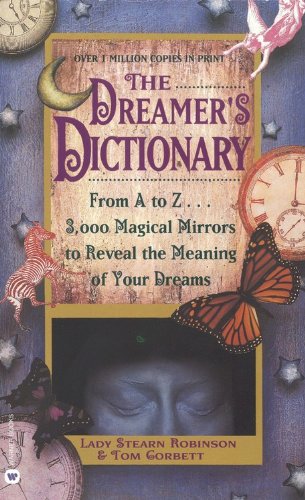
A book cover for The Dreamer's Dictionary (Turtleback School & Library Binding Edition); Lady Stearn Robinson; Teen & Young Adult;